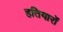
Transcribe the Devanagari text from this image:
हतियारों